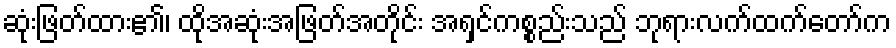
ဆုံးဖြတ်ထား၏၊ ထိုအဆုံးအဖြတ်အတိုင်း အရှင်ကစ္စည်းသည် ဘုရားလက်ထက်တော်က